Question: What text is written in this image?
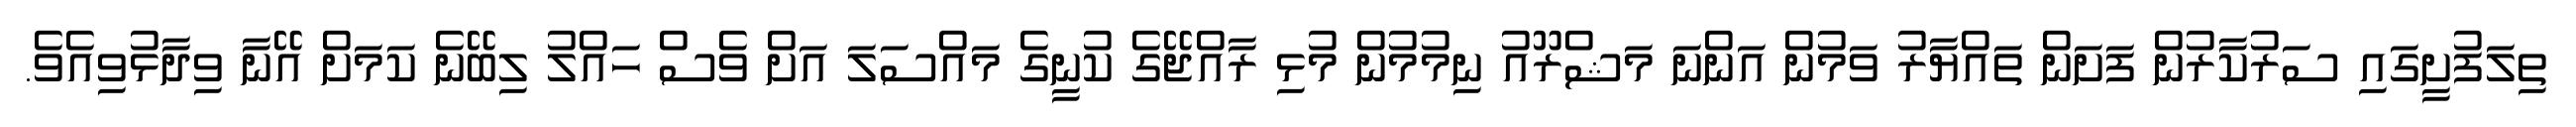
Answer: ތިލަފުށީގައި ސަރުކާރުން ފަށަން ތައްޔާރު ވަމުން އަންނަ މަޝްރޫއު ނިމުމުން މުޅި ރާއްޖޭގެ ކުނީގެ މައްސަލަ އަށް ވެސް ހައްލު ލިބޭނެ ކަމަށް އޭނާ ވިދާޅުވިއެވެ.